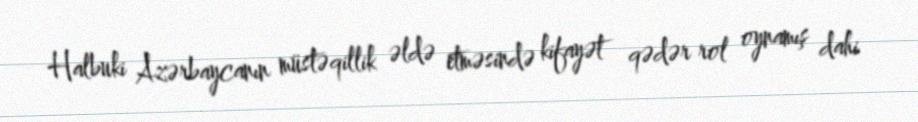
Halbuki Azərbaycanın müstəqillik əldə etməsində kifayət qədər rol oynamış dahi